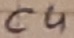
Text: C4